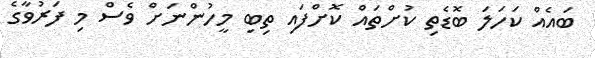
ބައެއް ކަހަލަ ބޮޑެތި ކުށްތައް ކޮށްފައި ތިބި މީހުންނަށް ވެސް މި ފަރުވާގެ